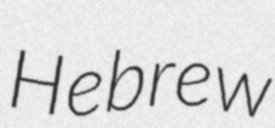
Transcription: Hebrew